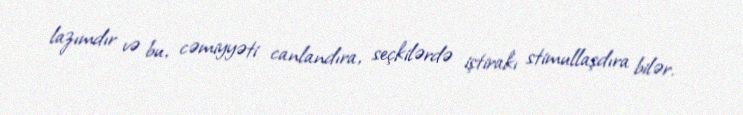
lazımdır və bu, cəmiyyəti canlandıra, seçkilərdə iştirakı stimullaşdıra bilər.